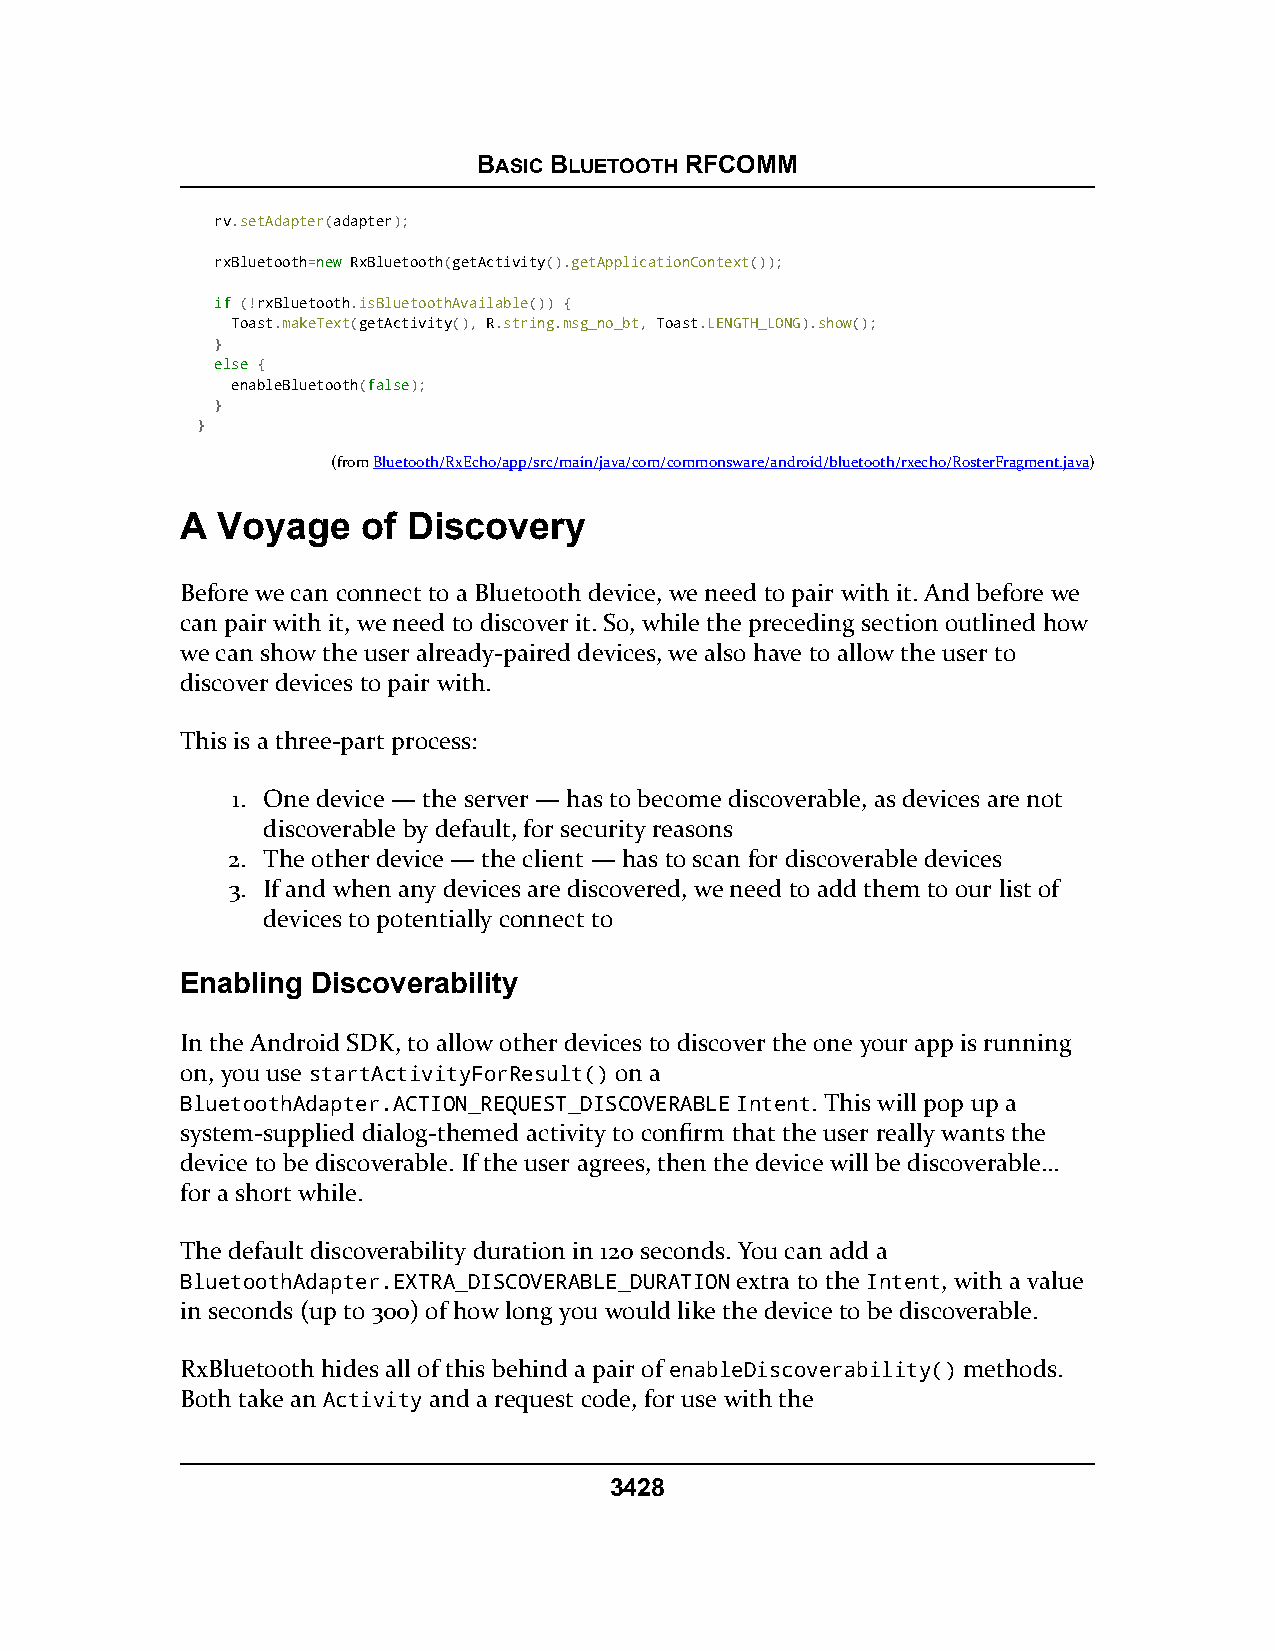
BASIC BLUETOOTH RFCOMM
 rv.setAdapter(adapter);
 rxBluetooth=nneeww RxBluetooth(getActivity().getApplicationContext());
 iiff (!rxBluetooth.isBluetoothAvailable()) {
 Toast.makeText(getActivity(), R.string.msg_no_bt, Toast.LENGTH_LONG).show();
 }
 eellssee {
 enableBluetooth(ffaallssee);
 }
 }
 (fromBluetooth/RxEcho/app/src/main/java/com/commonsware/android/bluetooth/rxecho/RosterFragment.java)
 A Voyage    of Discovery
 Before we can connect to a Bluetooth device, we need to pair with it. And before we
 can pair with it, we need to discover it. So, while the preceding section outlined how
 we can show the user already-paired devices, we also have to allow the user to
 discover devices to pair with.
 This is a three-part process:
 1. One device — the server — has to become discoverable, as devices are not
 discoverable by default, for security reasons
 2. The other device — the client — has to scan for discoverable devices
 3. If and when any devices are discovered, we need to add them to our list of
 devices to potentially connect to
 Enabling Discoverability
 In the Android SDK, to allow other devices to discover the one your app is running
 on, you use startActivityForResult() on a
 BluetoothAdapter.ACTION_REQUEST_DISCOVERABLE Intent. This will pop up a
 system-supplied dialog-themed activity to confirm that the user really wants the
 device to be discoverable. If the user agrees, then the device will be discoverable…
 for a short while.
 The default discoverability duration in 120 seconds. You can add a
 BluetoothAdapter.EXTRA_DISCOVERABLE_DURATION extra to the Intent, with a value
 in seconds (up to 300) of how long you would like the device to be discoverable.
 RxBluetooth hides all of this behind a pair of enableDiscoverability() methods.
 Both take an Activity and a request code, for use with the
 3428